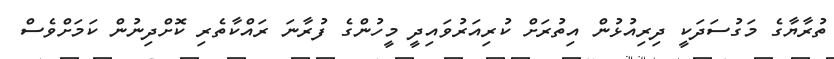
ތުރާޔާގެ މަގުސަދަކީ ދިރިއުޅުން އިތުރަށް ކުރިއަރުވައިދީ މީހުންގެ ފުރާނަ ރައްކާތެރި ކޮށްދިނުން ކަމަށްވެސް